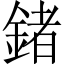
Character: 鍺